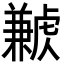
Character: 𧈁